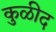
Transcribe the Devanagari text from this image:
कुळीद